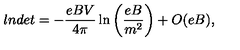
l n d e t = - \frac { e B V } { 4 \pi } \ln \left( \frac { e B } { m ^ { 2 } } \right) + O ( e B ) ,